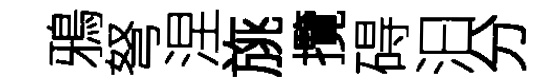
鴉弩涅旐攬碍汩分